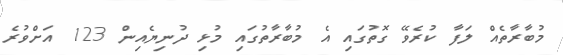
މުބާރާތެއް ލަފާ ކުރެވޭ ގޮތުގައި އެ މުބާރާތުގައި މުޅި ދުނިޔެއިން 123 އަށްވުރެ